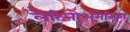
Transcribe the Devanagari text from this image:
लैटिनोअमेरिका